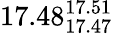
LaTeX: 17.48_{17.47}^{17.51}